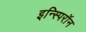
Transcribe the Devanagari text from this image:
इन्स्पिरॉन